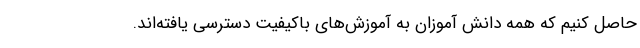
حاصل کنیم که همه دانش­ آموزان به آموزش‌های باکیفیت دسترسی یافته‌اند.